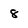
Character: 8